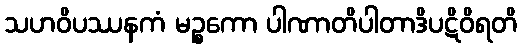
သဟဝိပဿနကံ မဉ္စကော ပါဏာတိပါတာဒိပဋိဝိရတိ